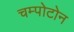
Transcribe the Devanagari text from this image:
चम्पोटोन